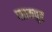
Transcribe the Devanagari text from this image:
पाठकपुर